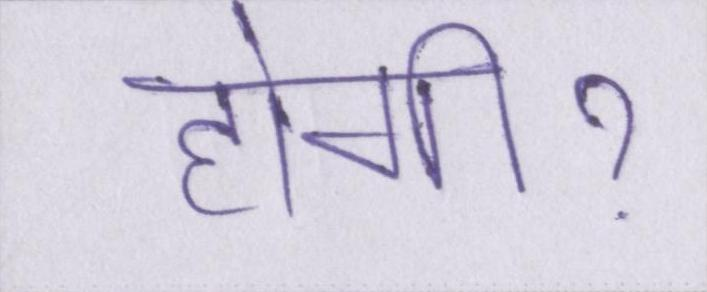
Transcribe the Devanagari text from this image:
होगीॽ